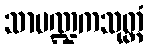
သာမဏ္ဍကသုတ္တံ